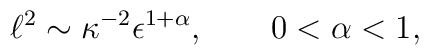
\ell^{2}\sim \kappa^{-2}\epsilon^{1+\alpha},\qquad 0<\alpha<1,